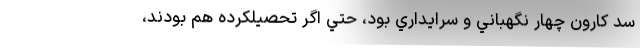
سد كارون چهار نگهباني و سرايداري بود، حتي اگر تحصيلكرده هم بودند،